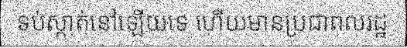
ទប់ស្កាត់នៅឡើយទេ ហើយមានប្រជាពលរដ្ឋ